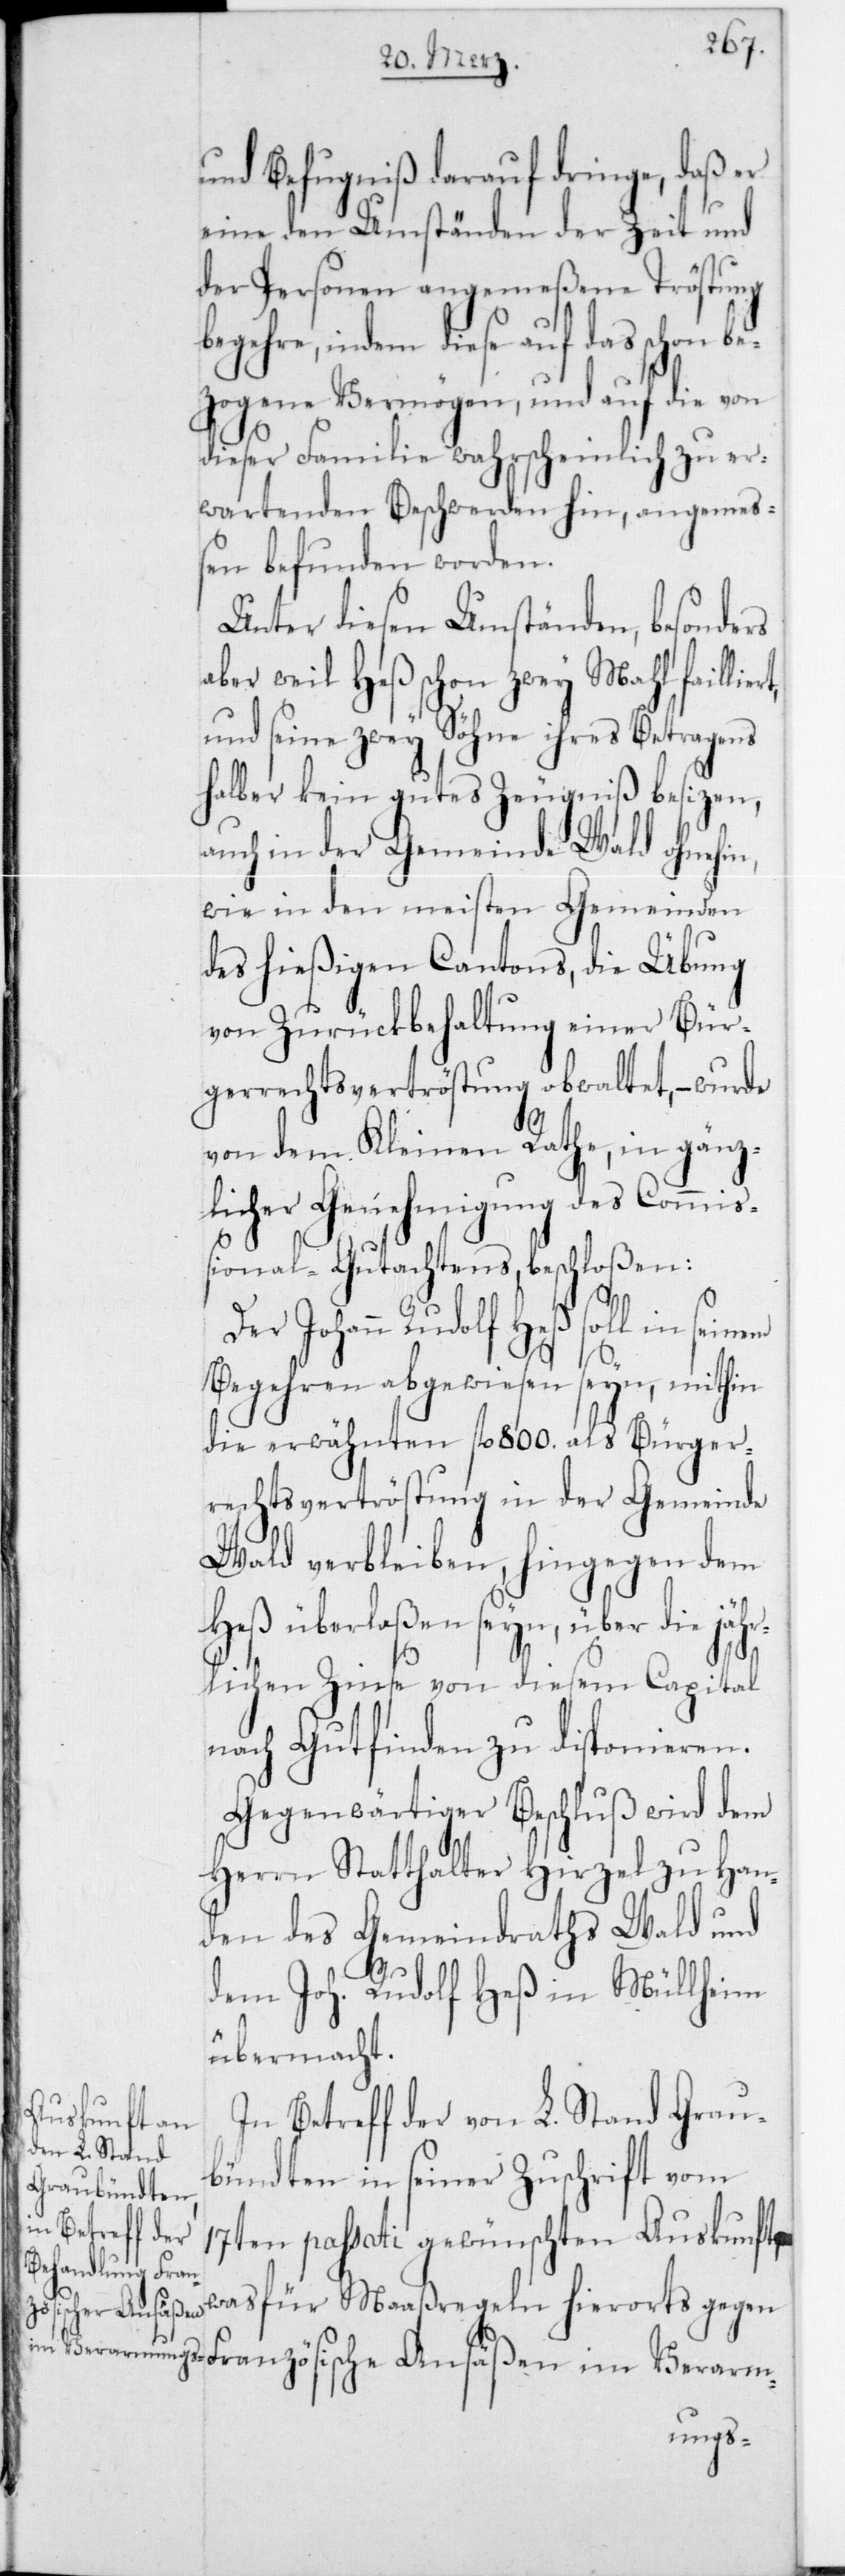
und Befugniß darauf dringe, daß er
eine den Umständen der Zeit und
der Persone angemeßene Tröstung
indem diese auf das schon b¬
ezogene Vermögen, und auf die von
dieser Familie wahrscheinlich zu er¬
wartenden Beschwerden hin, angemes¬
sen befunden worden.
Unter diesen Umständen, besonders
aber weil Heß schon zwey Mahl faillie¬
und seine zwey Söhne ihres Betragens
halber kein gutes Zeugniß besizen,
auch in der Gemeinde Wald ohnehin,
wie in den meisten Gemeinden
des hießigen Cantons, die Übung
von Zurückbehaltung einer Bür¬
gerrechtsvertröstung obwaltet, – wurde
von dem Kleinen Rathe, in gänz¬
licher Genehmigung des Commiß¬
ional-Gutachtens beschloßen:
Johann Rudolf Heß soll in
Begehren abgewiesen seyn, mithin
die erwähnten fl. 800 als Bürger¬
rechtsvertröstung in der Gemeinde
Wald verbleiben, hingegen dem
Heß überlaßen seyn, über die jäh¬
rt,
rlichen Zinse von diesem Capital
nach Gutfinden zu disponieren.
Gegenwärtiger Beschluß wird dem
Herrn Statthalter Hirzel zu Han¬
den des Gemeindraths Wald und
dem Joh. Rudolf Heß in Müllheim
übermacht.
In Betreff der von L. Stand Grau¬
bündten in seiner Zuschrift vom
17ten passati gewünschten Auskunft,
was für Maaßregeln hierorts gegen
Französische Ansäßen im Verarm-